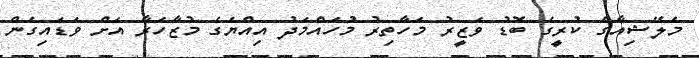
މެލޭޝިއާގެ ކުރީގެ ބޮޑު ވަޒީރު މަހާތިރު މުހައްމަދު އިއްޔެގެ މުޒާހަރާ އަށް ވަޑައިގެން